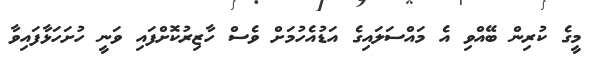
މީގެ ކުރިން ބޭއްވި އެ މައްސަލައިގެ އަޑުއެހުމަށް ވެސް ހާޒިރުކޮށްފައި ވަނީ ހުށަހަޅާފައިވާ